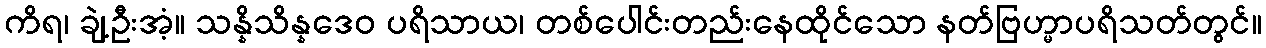
ကိရ၊ ချဲ့ဦးအံ့။ သန္နိသိန္နဒေဝ ပရိသာယ၊ တစ်ပေါင်းတည်းနေထိုင်သော နတ်ဗြဟ္မာပရိသတ်တွင်။